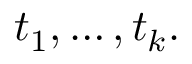
t _ { 1 } , \ldots , t _ { k } .